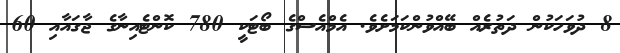
8 ދުވަހަކުން ދަތުރެއް ބޭއްވުންކަމަށެވެ. އެމްއެސްގެ ބޯޓަކީ 780 ކޮންޓެއިނާގެ ޖާގައާއި 60